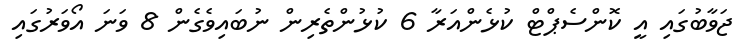
ޖަވާބުގައި އީ ކޮންސެޕްޓް ކުޅެންއަރާ 6 ކުޅުންތެރިން ނުބައިވެގެން 8 ވަނަ އޯވަރުގައި